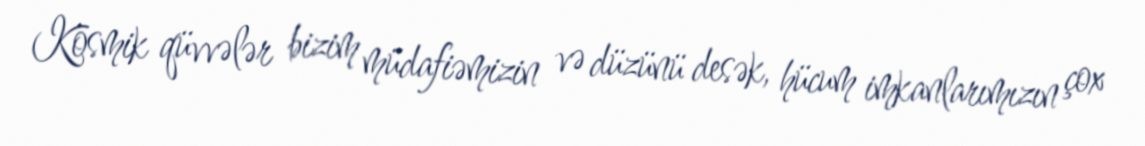
Kosmik qüvvələr bizim müdafiəmizin və düzünü desək, hücum imkanlarımızın çox